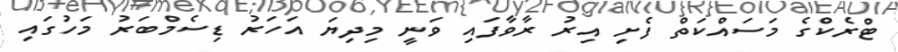
ޓްރެކްގެ މަސައްކަތް ފެށި އިރު ރާވާފައި ވަނީ މިދިޔަ އަހަރު ޑިސެމްބަރު މަހުގައި